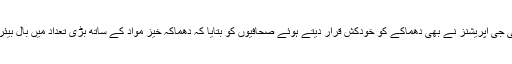
پنجاب پولیس کے ڈی آئی جی آپریشنز نے بھی دھماکے کو خودکش قرار دیتے ہوئے صحافیوں کو بتایا کہ دھماکہ خیز مواد کے ساتھ بڑی تعداد میں بال بیئرنگ استعمال کیے گئے۔